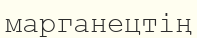
марганецтің